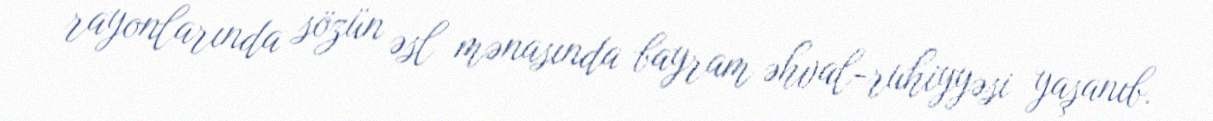
rayonlarında sözün əsl mənasında bayram əhval-ruhiyyəsi yaşanıb.